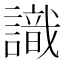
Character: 識